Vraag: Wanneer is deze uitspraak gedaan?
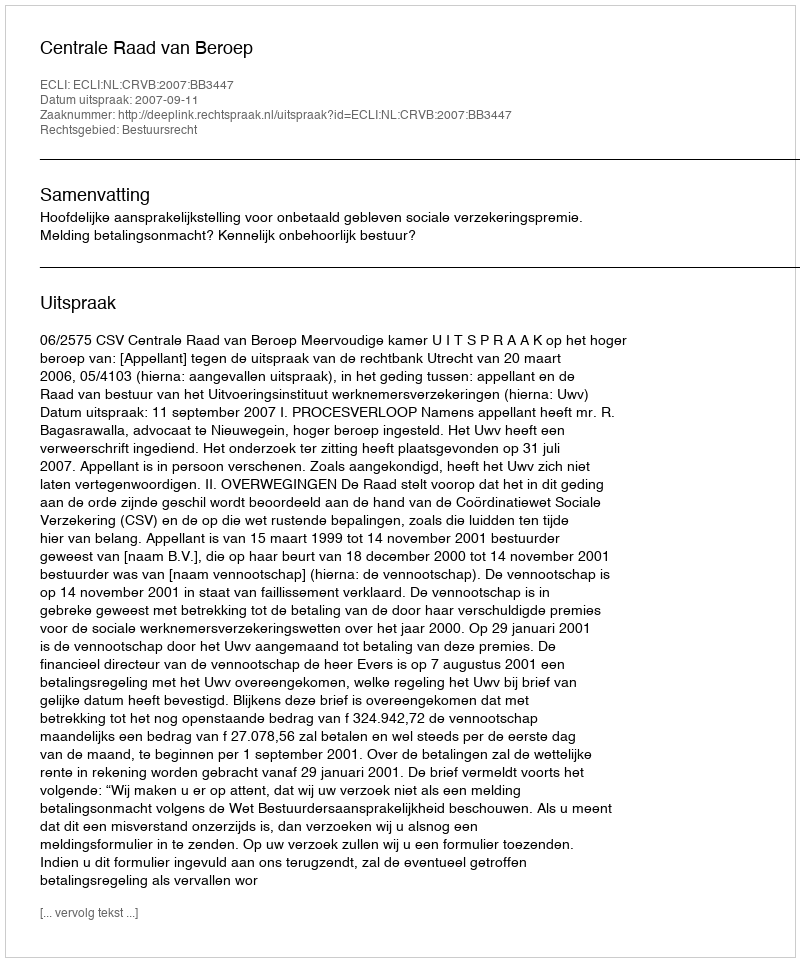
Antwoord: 2007-09-11